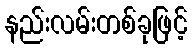
နည်းလမ်းတစ်ခုဖြင့်